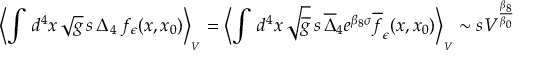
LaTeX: \left\langle \int \, d ^ { 4 } x \, \sqrt g \, s \, \Delta _ { 4 } \, f _ { \epsilon } ( x , x _ { 0 } ) \right\rangle _ { _ V } = \left\langle \int \, d ^ { 4 } x \, \sqrt { \overline { { g } } } \, s \, \overline { { \Delta } } _ { 4 } e ^ { \beta _ { 8 } \sigma } \overline { { f } } _ { \epsilon } ( x , x _ { 0 } ) \right\rangle _ { _ V } \sim s V ^ { \frac { \beta _ { 8 } } { \beta _ { 0 } } }